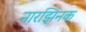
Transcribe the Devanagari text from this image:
नारझिनक